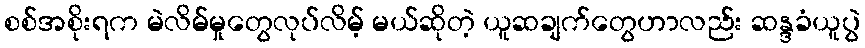
စစ်အစိုးရက မဲလိမ်မှုတွေလုပ်လိမ့် မယ်ဆိုတဲ့ ယူဆချက်တွေဟာလည်း ဆန္ဒခံယူပွဲ